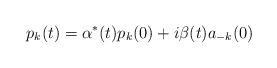
LaTeX: \begin{align*}p_k(t)=\alpha ^{*}(t)p_k(0)+i\beta (t)a_{-k}(0)\end{align*}